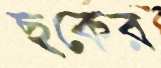
ছকের